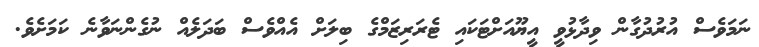
ނަމަވެސް އުރުދުގާން ވިދާޅުވީ އީޔޫއަށްޓަކައި ޓެރަރިޒަމްގެ ބިލަށް އެއްވެސް ބަދަލެއް ނުގެންނަވާނެ ކަމަށެވެ.